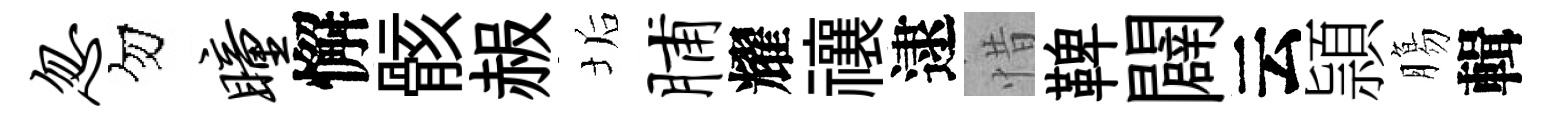
忽勿瞳懈骸赧垢脯耀禳逮惜鞞闢云頴膓輯